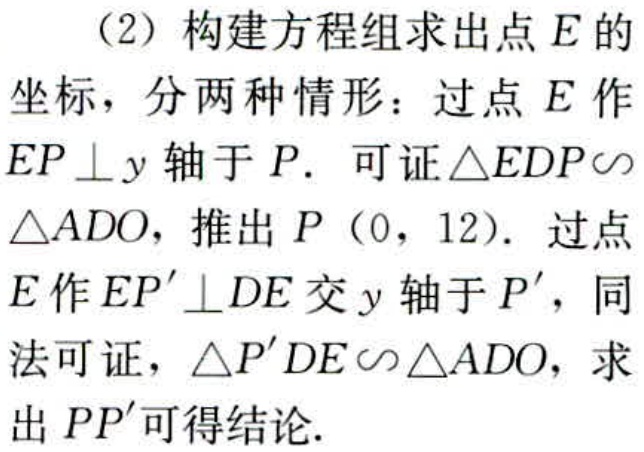
（2）构建方程组求出点\(E\)的坐标，分两种情形：过点\(E\)作\(EP\perp y\)轴于\(P\). 可证\(\triangle EDP\sim\triangle ADO\)，推出\(P（0，12）\). 过点\(E\)作\(EP'\perp DE\)交\(y\)轴于\(P'\)，同法可证，\(\triangle P'DE\sim\triangle ADO\)，求出\(PP'\)可得结论.